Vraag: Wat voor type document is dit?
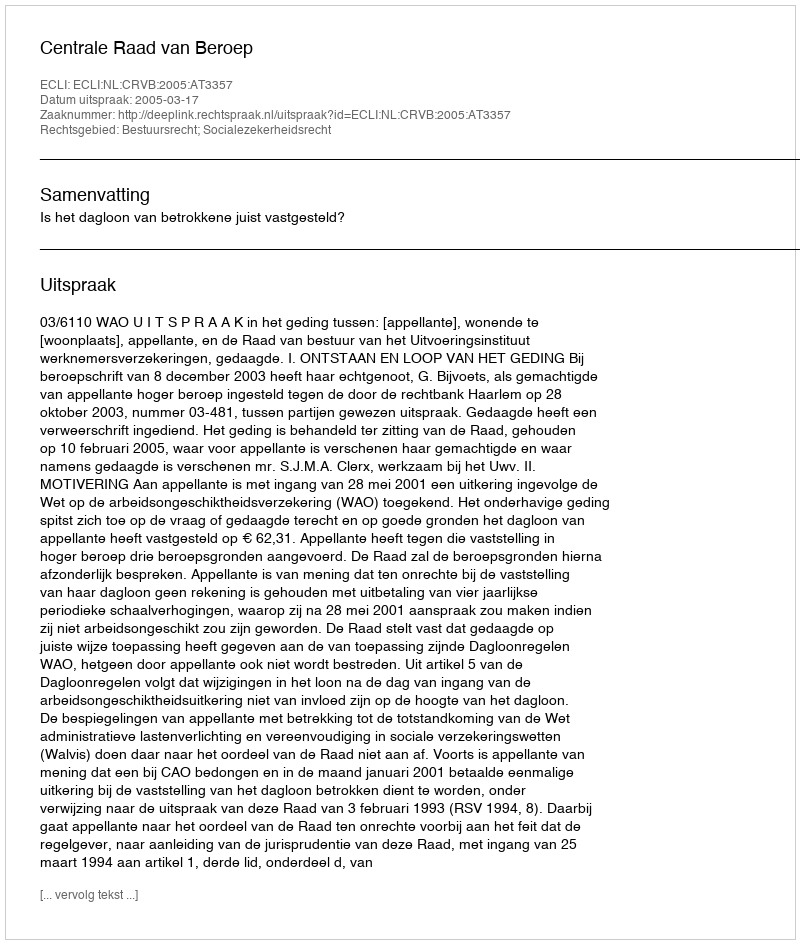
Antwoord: Uitspraak